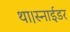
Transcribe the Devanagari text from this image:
था।स्नाईडर